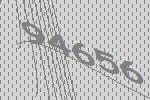
94656